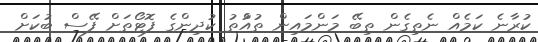
ކުރާނެ ކަމެއް ނެތިގެން ތިބޭ މަންމައިން ތުއްުތު ކުދިންގެ ފޮޓޯތަށް ފޭސް ބުކަށް